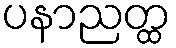
ပနာညတ္ထ